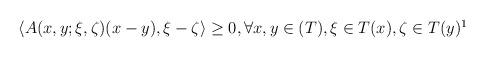
LaTeX: \begin{align*} \langle A(x,y;\xi,\zeta) (x-y), \xi-\zeta\rangle\geq 0,\forall x,y\in (T), \xi\in T(x),\zeta\in T(y)\footnote{When $h(x)=|x|^2$, this is the well-known notion of monotone map that has been the subject of large amount of research and applications, see for example the classical and polished book by H. Br\'ezis \cite{brezis-book-monotone-maps}.}\end{align*}